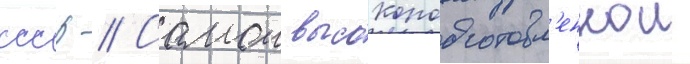
ссср // Самои высокоподготовл'еннои